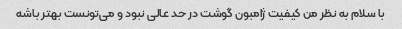
با سلام به نظر من کیفیت ژامبون گوشت در حد عالی نبود و می‌تونست بهتر باشه